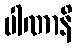
ပါဏာနိ